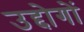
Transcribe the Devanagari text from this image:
उद्दोगों